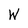
Character: W